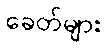
ခေတ်များ